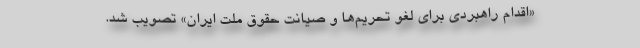
«اقدام راهبردی برای لغو تحریم‌ها و صیانت حقوق ملت ایران» تصویب شد.